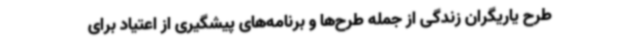
طرح یاریگران زندگی از جمله طرح‌ها و برنامه‌های پیشگیری از اعتیاد برای